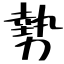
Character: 勢